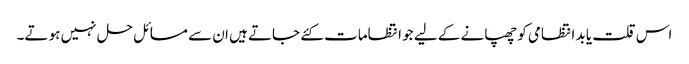
اس قلت یا بد انتظامی کو چھپانے کے لیے جو انتظامات کئے جاتے ہیں ان سے مسائل حل نہیں ہو تے۔